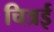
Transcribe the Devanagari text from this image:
चित्रई